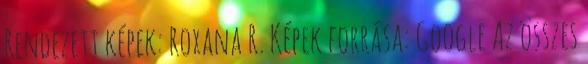
Rendezett képek: Roxana R. Képek forrása: Google Az összes